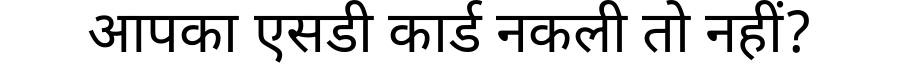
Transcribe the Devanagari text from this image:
आपका एसडी कार्ड नकली तो नहीं?